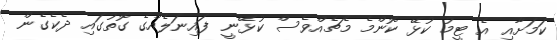
ކަމަށާއި އެ ޓީމު ކުޅޭ ކޮންމެ މެޗެއްވެސް ކުޅޭނީ ފައިނަލެއްގެ ގޮތުގައި ދެކެގެން